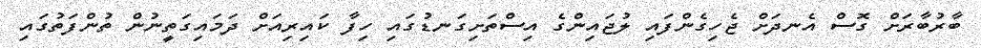
ބާރުބާރަށް ގޮސް އެނދަށް ޖެހިގެންފައި ލުޖައިންގެ އިސްތަށިގަނޑުގައި ހިފާ ކައިރިއަށް ދަމައިގަތީނުން ތުންފަތުގައި